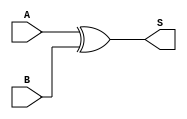
module XOR_Gate(
    input A,
    input B,
    output S
);
    assign S = A ^ B; // Sum output
endmodule